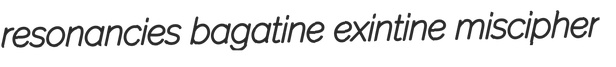
resonancies bagatine exintine miscipher